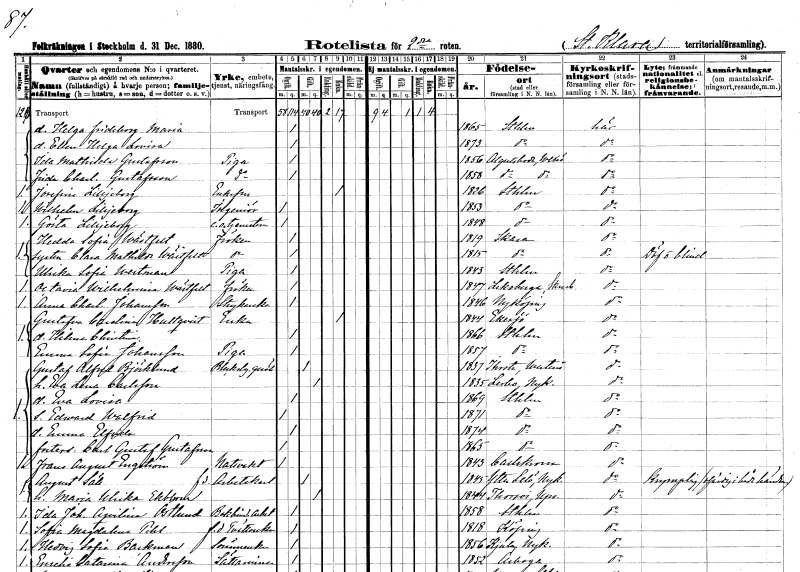
gt_parse: households: individuals: FN: Helga Frideborg Maria
KON: K
CIV: O
FODAR: 1865
FODFORS: Stockholm
FN: Ellen Helga Lovisa
KON: K
CIV: O
FODAR: 1873
FODFORS: Stockholm
FN: Ida Mathilda
EN: Gustafsson
YRKE: Piga
KON: K
CIV: O
FODAR: 1856
FODFORS: Algutsboda Kalmar län
FN: Frida Charlotta
EN: Gustafsson
YRKE: Piga
KON: K
CIV: O
FODAR: 1858
FODFORS: Algutsboda Kalmar län
FN: Josefina
EN: Lilljeborg
KON: K
CIV: E
FODAR: 1826
FODFORS: Stockholm
FN: Wilhelm
EN: Lilljeborg
YRKE: Ingenjör
KON: M
CIV: O
FODAR: 1853
FODFORS: Stockholm
FN: Gösta
EN: Lilljeborg
YRKE: Tjänsteman e.o.
KON: M
CIV: O
FODAR: 1848
FODFORS: Stockholm
FN: Hedda Sofia
EN: Wästfelt
KON: K
CIV: O
FODAR: 1819
FODFORS: Skara Skaraborgs län
FN: Clara Mathilda
EN: Wästfelt
KON: K
CIV: O
FODAR: 1815
FODFORS: Skara Skaraborgs län
FN: Ulrika Sofia
EN: Westman
YRKE: Piga
KON: K
CIV: O
FODAR: 1843
FODFORS: Stockholm
FN: Octavia Wilhelmina
EN: Wästfelt
KON: K
CIV: O
FODAR: 1847
FODFORS: Leksberg Skaraborgs län
FN: Anna Charlotta
EN: Johansson
YRKE: Strykerska
KON: K
CIV: O
FODAR: 1846
FODFORS: Nyköping Södermanlands län
FN: Gustafva Carolina
EN: Hultqvist
YRKE: Änka
KON: K
CIV: E
FODAR: 1844
FODFORS: Eksjö Jönköpings län
FN: Hilma Christina
KON: K
CIV: O
FODAR: 1866
FODFORS: Stockholm
FN: Emma Sofia
EN: Johansson
YRKE: Piga
KON: K
CIV: O
FODAR: 1857
FODFORS: Stockholm
FN: Gustaf Alfred
EN: Björklund
YRKE: Bleckslagaregesäll
KON: M
CIV: G
FODAR: 1837
FODFORS: Irsta Västmanlands län
FN: Eva Lena
EN: Carlsson
KON: K
CIV: G
FODAR: 1835
FODFORS: Lerbo Södermanlands län
FN: Eva Lovisa
KON: K
CIV: O
FODAR: 1869
FODFORS: Stockholm
FN: Edward Walfrid
KON: M
CIV: O
FODAR: 1871
FODFORS: Stockholm
FN: Emma Elfrida
KON: K
CIV: O
FODAR: 1874
FODFORS: Stockholm
FN: Carl Gustaf
EN: Gustafsson
KON: M
CIV: O
FODAR: 1865
FODFORS: Stockholm
FN: Frans August
EN: Engström
YRKE: Nattvakt
KON: M
CIV: O
FODAR: 1843
FODFORS: Karlskrona Blekinge län
FN: August
EN: Säll
YRKE: Arbetskarl f.d.
KON: M
CIV: G
FODAR: 1845
FODFORS: Ytterselö Södermanlands län
FN: Maria Ulrika
EN: Ekblom
KON: K
CIV: G
FODAR: 1844
FODFORS: Torsvi Uppsala län
FN: Ida Johanna Aqvilina
EN: Östlund
YRKE: Bokbinderiarbeterska
KON: K
CIV: O
FODAR: 1858
FODFORS: Stockholm